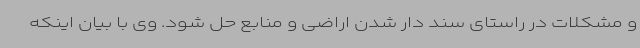
و مشکلات در راستای سند دار شدن اراضی و منابع حل شود. وی با بیان اینکه